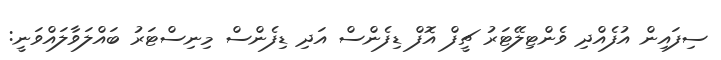
ސިފައިން އުފެއްދި ވެންޓިލޭޓަރު ޗީފް އޮފް ޑިފެންސް އަދި ޑިފެންސް މިނިސްޓަރު ބައްލަވާލައްވަނީ: